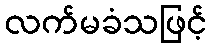
လက်မခံသဖြင့်